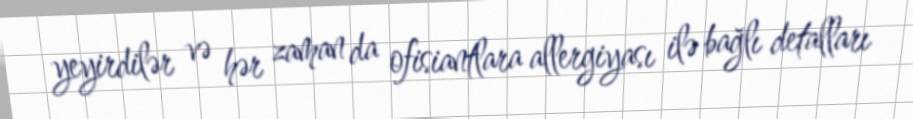
yeyirdilər və hər zaman da ofisiantlara allergiyası ilə bağlı detalları